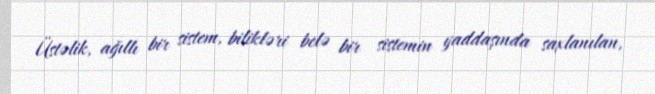
Üstəlik, ağıllı bir sistem, bilikləri belə bir sistemin yaddaşında saxlanılan,